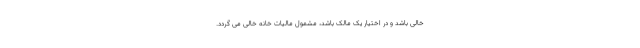
خالی باشد و در اختیار یک مالک باشد، مشمول مالیات خانه خالی می گردد.